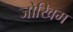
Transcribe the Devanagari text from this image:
जोखिम